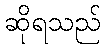
ဆိုရသည်